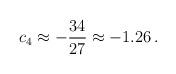
LaTeX: \begin{align*}c_4 \approx -\frac{34}{27} \approx -1.26\,.\end{align*}